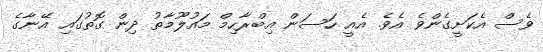
ވެސް އެކަށީގެންވެ އެވެ. އެއީ ހަސަން އިބްރާހިމް މައުލޫމާތު ދިން ގޮތުގައި އޭނާގެ